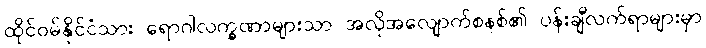
ထိုင်ဝမ်နိုင်ငံသား ရောဂါလက္ခဏာများသာ အလိုအလျောက်စနစ်၏ ပန်းချီလက်ရာများမှာ